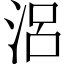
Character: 𣳮